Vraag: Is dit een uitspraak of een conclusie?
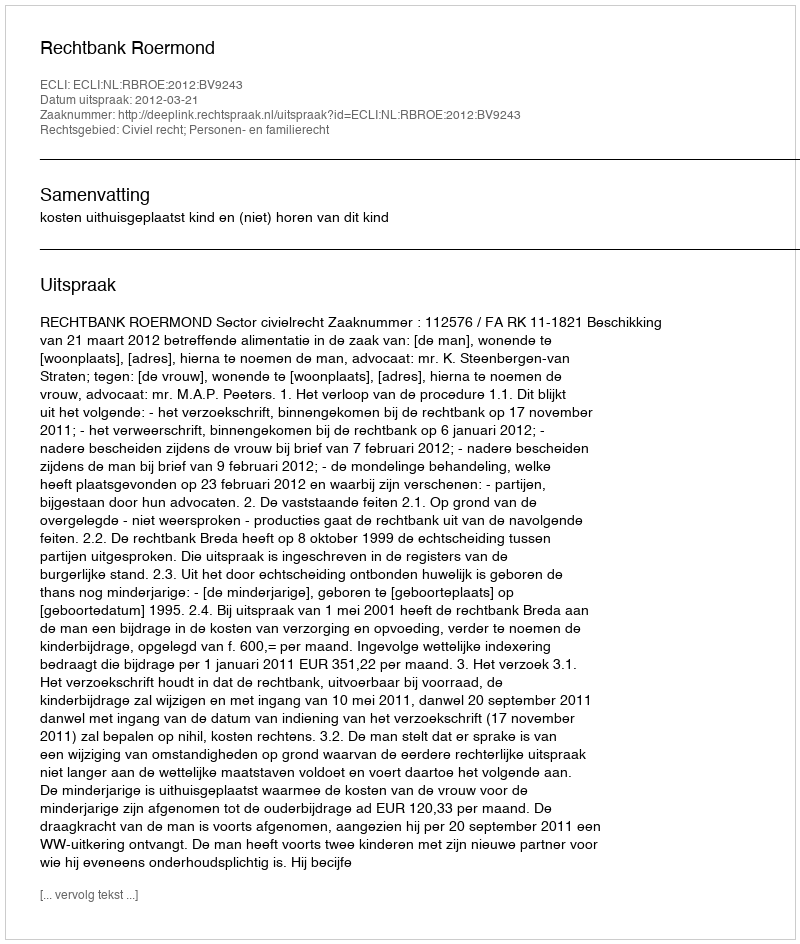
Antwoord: Uitspraak